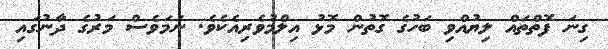
ގިނަ ފޮތްތައް ލިޔުއްވި ބަހުގެ ގޮތުން މޮޅު އިލްމުވެރިއެކެވެ. ނަމަވެސް މަރުގެ ދާނުގައި